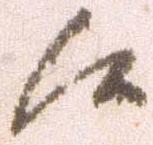
候